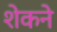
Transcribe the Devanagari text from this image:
शेकने